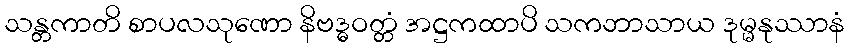
သန္တကာတိ စာပလသုဏော နိဗဒ္ဓဝတ္တံ အဋ္ဌကထာပိ သကဘာသာယ ဒုမ္မနုဿာနံ